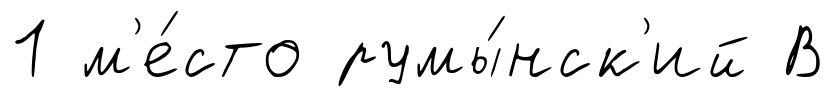
1 м'е́сто румы́нск'ий В